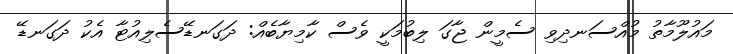
މައުލޫމާތު މުއްސަނދިވި ސެމީން ޖާގަ ލިބުމަކީ ވެސް ކާމިޔާބެއް: ދަގަނޑޭސެލިއުޓާ އެކު ދަގަނޑޭ